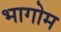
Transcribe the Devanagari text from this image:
भागोम